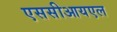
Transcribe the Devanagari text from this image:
एससीआयएल